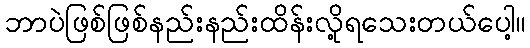
ဘာပဲဖြစ်ဖြစ်နည်းနည်းထိန်းလို့ရသေးတယ်ပေါ့။